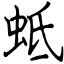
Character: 蚳